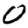
Digit: 0